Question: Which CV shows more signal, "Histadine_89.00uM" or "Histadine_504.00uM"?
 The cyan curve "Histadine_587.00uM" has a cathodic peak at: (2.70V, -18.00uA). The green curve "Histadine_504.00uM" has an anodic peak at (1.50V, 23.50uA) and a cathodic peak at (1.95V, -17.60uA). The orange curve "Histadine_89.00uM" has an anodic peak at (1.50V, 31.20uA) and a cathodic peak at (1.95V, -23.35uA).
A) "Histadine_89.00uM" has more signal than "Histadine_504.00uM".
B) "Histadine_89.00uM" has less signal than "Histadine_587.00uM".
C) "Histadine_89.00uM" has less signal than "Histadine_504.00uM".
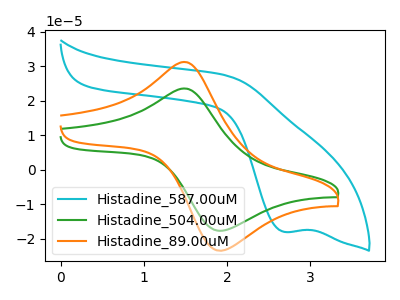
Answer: <think>All the peaks in "Histadine_89.00uM" have a peak in "Histadine_504.00uM" at the same potential. Every peak in "Histadine_89.00uM" is higher than every peak in "Histadine_504.00uM".
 </think>
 <answer>A) "Histadine_89.00uM" has more signal than "Histadine_504.00uM".</answer>
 <eval>A</eval>